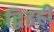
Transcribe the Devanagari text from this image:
द्विहृही